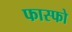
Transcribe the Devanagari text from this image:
फास्‍फो